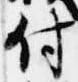
付